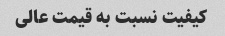
کیفیت نسبت به قیمت عالی